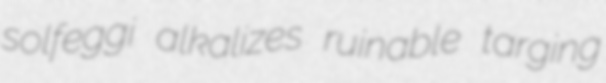
solfeggi alkalizes ruinable targing